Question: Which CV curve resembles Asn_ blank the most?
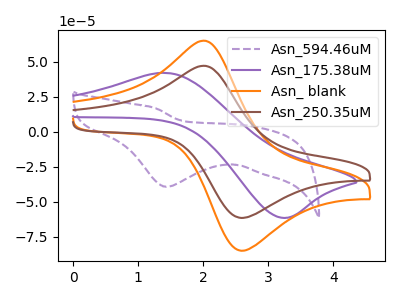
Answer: <think>The purple dashed curve "Asn_594.46uM" has a cathodic peak at: (1.45V, -39.35uA). The purple curve "Asn_175.38uM" has an anodic peak at (1.40V, 42.10uA) and a cathodic peak at (3.20V, -61.55uA). The orange curve "Asn_ blank" has an anodic peak at (2.00V, 65.10uA) and a cathodic peak at (2.60V, -85.10uA). The brown curve "Asn_250.35uM" has an anodic peak at (2.00V, 47.15uA) and a cathodic peak at (2.60V, -61.65uA).
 "Asn_594.46uM" and "Asn_175.38uM" have a different number of peaks. "Asn_594.46uM" and "Asn_ blank" have a different number of peaks. "Asn_594.46uM" and "Asn_250.35uM" have a different number of peaks. "Asn_175.38uM" and "Asn_ blank" have at least one peak that do not match. "Asn_175.38uM" and "Asn_250.35uM" have at least one peak that do not match. All the peaks in "Asn_ blank" have a peak in "Asn_250.35uM" at the same potential. Every peak in "Asn_ blank" is higher than every peak in "Asn_250.35uM".</think>
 <answer>The CV with the most similar shape to "Asn_250.35uM" is "Asn_ blank".</answer>
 <eval>"Asn_ blank"</eval>